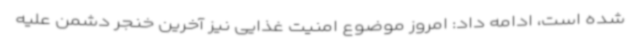
شده است، ادامه داد: امروز موضوع امنیت غذایی نیز آخرین خنجر دشمن علیه